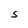
Character: S